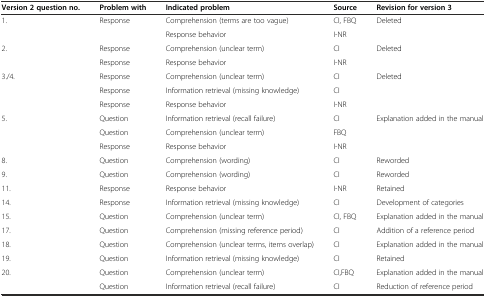
<table><thead><tr><td><b>Version 2 question no.</b></td><td><b>Problem with</b></td><td><b>Indicated problem</b></td><td><b>Source</b></td><td><b>Revision for version 3</b></td></tr></thead><tbody><tr><td rowspan="2">1.</td><td>Response</td><td>Comprehension (terms are too vague)</td><td>CI, FBQ</td><td>Deleted</td></tr><tr><td></td><td>Response behavior</td><td>I-NR</td><td></td></tr><tr><td rowspan="2">2.</td><td>Response</td><td>Comprehension (unclear term)</td><td>CI</td><td>Deleted</td></tr><tr><td>Response</td><td>Response behavior</td><td>I-NR</td><td></td></tr><tr><td rowspan="3">3./4.</td><td>Response</td><td>Comprehension (unclear term)</td><td>CI</td><td>Deleted</td></tr><tr><td>Response</td><td>Information retrieval (missing knowledge)</td><td>CI</td><td></td></tr><tr><td>Response</td><td>Response behavior</td><td>I-NR</td><td></td></tr><tr><td rowspan="3">5.</td><td>Question</td><td>Information retrieval (recall failure)</td><td>CI</td><td>Explanation added in the manual</td></tr><tr><td>Question</td><td>Comprehension (unclear term)</td><td>FBQ</td><td></td></tr><tr><td>Response</td><td>Response behavior</td><td>I-NR</td><td></td></tr><tr><td>8.</td><td>Question</td><td>Comprehension (wording)</td><td>CI</td><td>Reworded</td></tr><tr><td>9.</td><td>Question</td><td>Comprehension (wording)</td><td>CI</td><td>Reworded</td></tr><tr><td>11.</td><td>Response</td><td>Response behavior</td><td>I-NR</td><td>Retained</td></tr><tr><td>14.</td><td>Response</td><td>Information retrieval (missing knowledge)</td><td>CI</td><td>Development of categories</td></tr><tr><td>15.</td><td>Question</td><td>Comprehension (unclear term)</td><td>CI, FBQ</td><td>Explanation added in the manual</td></tr><tr><td>17.</td><td>Question</td><td>Comprehension (missing reference period)</td><td>CI</td><td>Addition of a reference period</td></tr><tr><td>18.</td><td>Question</td><td>Comprehension (unclear terms, items overlap)</td><td>CI</td><td>Explanation added in the manual</td></tr><tr><td>19.</td><td>Question</td><td>Information retrieval (missing knowledge)</td><td>CI</td><td>Retained</td></tr><tr><td rowspan="2">20.</td><td>Question</td><td>Comprehension (unclear term)</td><td>CI,FBQ</td><td>Explanation added in the manual</td></tr><tr><td>Question</td><td>Information retrieval (recall failure)</td><td>CI</td><td>Reduction of reference period</td></tr></tbody></table>